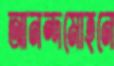
আনন্দমোহনে